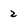
Character: 2